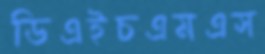
ডিএইচএমএস